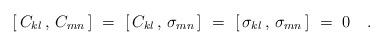
LaTeX: \begin{align*}[ \, C_{kl} \, , \, C_{mn} \, ]~=~ [ \, C_{kl} \, , \, \sigma_{mn} \, ]~=~ [ \, \sigma_{kl} \, , \, \sigma_{mn} \, ]~=~0~~~. \end{align*}